Annual report on the working of the Harcourt Butler Institute of Public Health, Rangoon
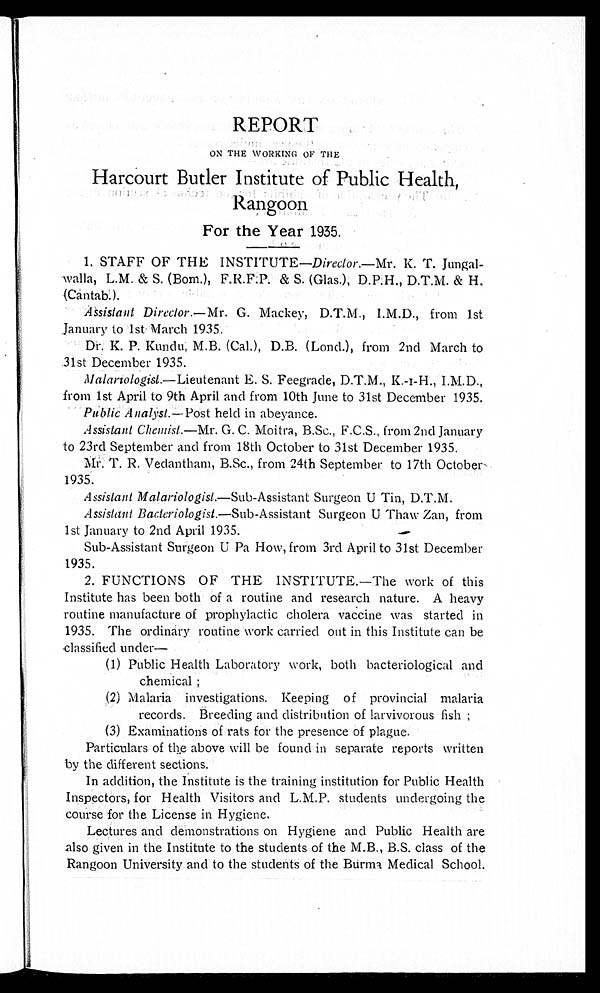
REPORT
ON THE WORKING OF THE
Harcourt Butler Institute of Public Health,
Rangoon
For the Year 1935.
1.STAFF OF THE INSTITUTE— Director.—Mr. K. T. Jungal--
wal l a, L. M & S. (Bom. ), F. R. F. P& (Gl as. ), D. P. H. , D. T. M. & H.
(Cantab).
Assistant Director.—Mr. G. Mackey, D.T.M., I.M.D., from 1st
.January to 1st. March 1935.
Dr. K. P. Kundu, M.B. (Cal.), D.B. (Loud.), from 2nd March to
.31st December 1935.
Malariologist.—Lieutenant E. S. Feegrade, D.T.M.,K-I-H., I.M.D.,
from 1st April to 9th April and from 10th June to 31st December 1935.
Public Analyst.-- Post held in abeyance.
Assistant Cheemist.—Mr. G. C. Moitra, B.Sc., F.C.S., from 2nd January
to 23rd September and from 18th October to 31st December 1935.
Mr. T. R. Vedantham, B.Sc., from 24th September to 17th October
1935.
Assistant Malariologist.—Sub-Assistant Surgeon U Tin, D.T.M.
Assistant Bacteriologist.—Sub-Assistant Surgeon U Thaw Zan, from
1st January to 2nd April 1935.
Sub-Assistant Surgeon U Pa How, from 3rd April to 31st December
1935.
2.FUNCTIONS OF THE INSTITUTE.—The work of this
Institute has been both of a routine and research nature. A heavy
routine manufacture of prophylactic cholera vaccine was started in
1935. The ordinary routine work carried out in this Institute can be
classified under—
(1) Public Health Laboratory work, both bacteriological and
chemical ;
(2) Malaria investigations. Keeping of provincial malaria
records. Breeding and distribution of larvivorous fish ;
(3) Examinations of rats for the presence of plague.
Particulars of the above will be found in separate reports written
by the different sections.
In addition, the Institute is the training institution for Public Health
Inspectors, for Health Visitors and L.M.P. students undergoing the
course -for the License in Hygiene.
Lectures and demonstrations on Hygiene and Public Health are
also given in the Institute to the students of the M.B., B.S. class of the
Rangoon University and to the students of the Burma Medical School.